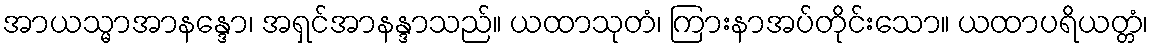
အာယသ္မာအာနန္ဒော၊ အရှင်အာနန္ဒာသည်။ ယထာသုတံ၊ ကြားနာအပ်တိုင်းသော။ ယထာပရိယတ္တံ၊